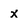
Character: x